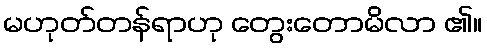
မဟုတ်တန်ရာဟု တွေးတောမိလာ ၏။